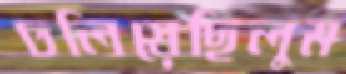
ঢলিয়েছিলুম